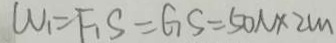
W _ { 1 } = F _ { 1 } S = G S = 5 0 N \times 2 m